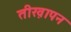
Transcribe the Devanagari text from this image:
तीख़ापन